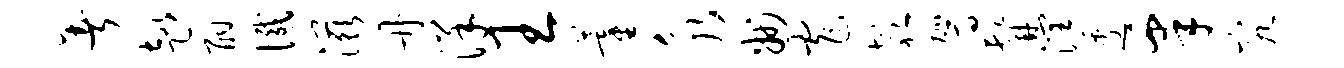
暑趣酣憾滋册洋王藿永州窄欹驾髯润逶皋究